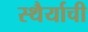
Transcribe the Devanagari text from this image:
स्थैर्याची